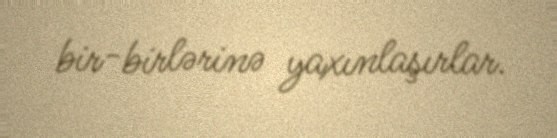
bir-birlərinə yaxınlaşırlar.